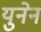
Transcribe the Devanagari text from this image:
युनेन